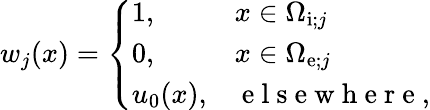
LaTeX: \begin{array}{r}{w_{j}(x)=\left\{ \begin{array}{ll}{1,\quad}&{x\in\Omega_{\mathrm{i};j}}\\ {0,}&{x\in\Omega_{\mathrm{e};j}}\\ {u_{0}(x),}&{\mathrm{~e~l~s~e~w~h~e~r~e~},}\end{array}\right.}\end{array}